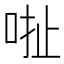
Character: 𠳏